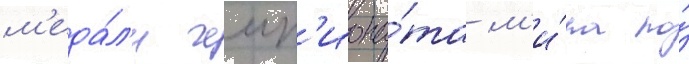
м'еда́л'и чемп'иона́та м'и́ра по́